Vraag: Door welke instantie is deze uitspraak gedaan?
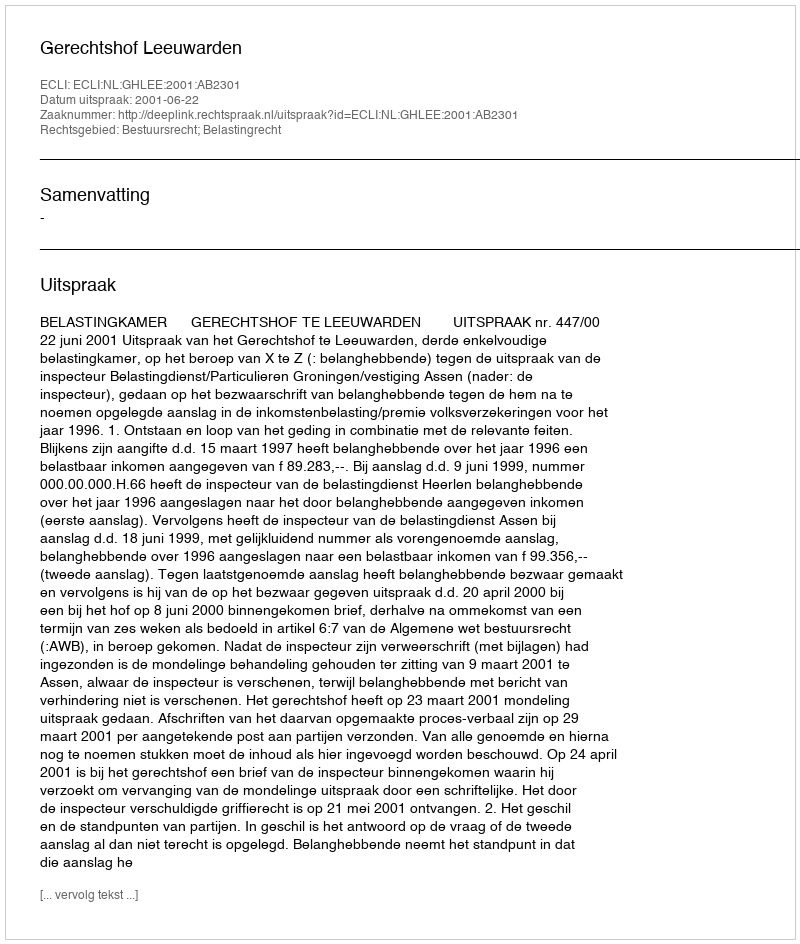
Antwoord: Gerechtshof Leeuwarden